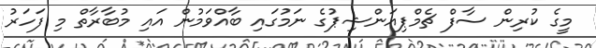
މީގެ ކުރިން ސާފް ޗެމްޕިއަންޝިޕުގެ ނަމުގައި ބާއްވަމުން އައި މުބާރާތް މި ފަހަރު